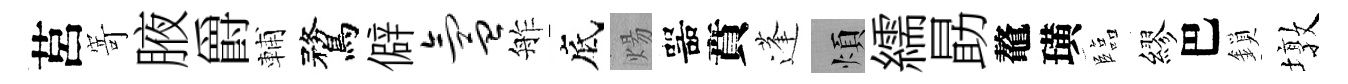
莒𭔃腋爵輔鶩僻氲舴底煬噐賁蓬煩繻勗鼇璜臨繆巴鎖墩